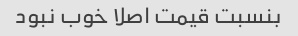
بنسبت قیمت اصلا خوب نبود